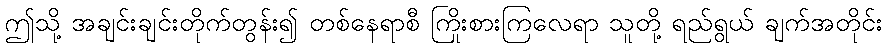
ဤသို့ အချင်းချင်းတိုက်တွန်း၍ တစ်နေရာစီ ကြိုးစားကြလေရာ သူတို့ ရည်ရွယ် ချက်အတိုင်း